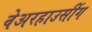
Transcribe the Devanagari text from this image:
वेअरहाउसींग